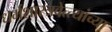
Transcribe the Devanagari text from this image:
धर्मशास्त्रवेत्त्यांच्या